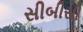
સીબીસી